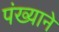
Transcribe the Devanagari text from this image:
पंख्याने